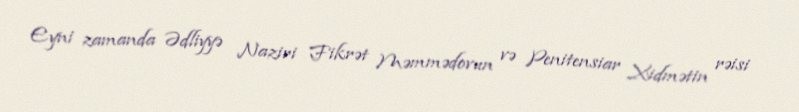
Eyni zamanda Ədliyyə Naziri Fikrət Məmmədovun və Penitensiar Xidmətin rəisi